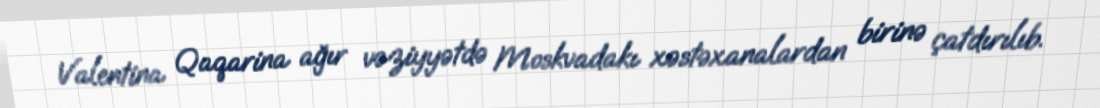
Valentina Qaqarina ağır vəziyyətdə Moskvadakı xəstəxanalardan birinə çatdırılıb.